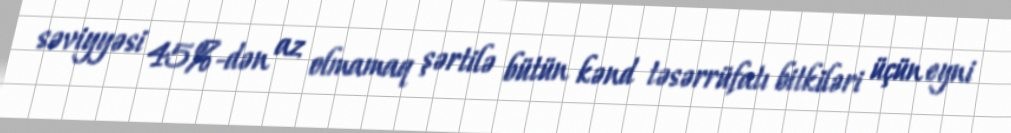
səviyyəsi 45%-dən az olmamaq şərtilə bütün kənd təsərrüfatı bitkiləri üçün eyni